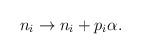
LaTeX: \begin{align*}n_i \rightarrow n_i + p_i \alpha.\end{align*}